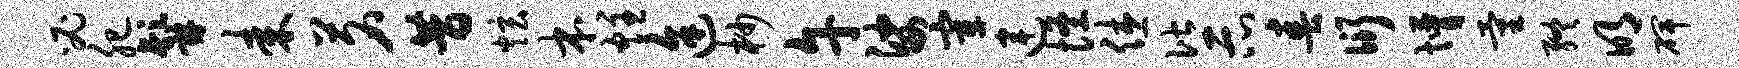
必肥髯耒茗昔炫本炷途杪午娑宰连怪休偕示春衍懵量终明碑